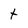
Character: t